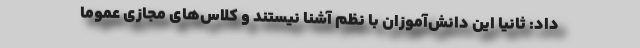
داد: ثانیا این دانش‌آموزان با نظم آشنا نیستند و کلاس‌های مجازی عموما